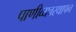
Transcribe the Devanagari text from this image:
पाणीव्यवस्थापन